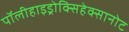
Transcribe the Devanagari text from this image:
पॉलीहाइड्रोक्सिहेक्सानोट